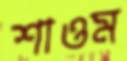
শাওম